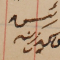
رئيس يوسف زينه